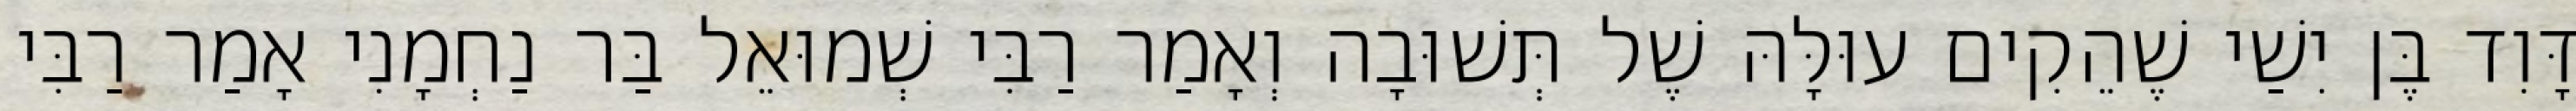
דָּוִד בֶּן יִשַׁי שֶׁהֵקִים עוּלָּהּ שֶׁל תְּשׁוּבָה וְאָמַר רַבִּי שְׁמוּאֵל בַּר נַחְמָנִי אָמַר רַבִּי